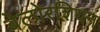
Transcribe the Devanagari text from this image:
बेलोरशियन